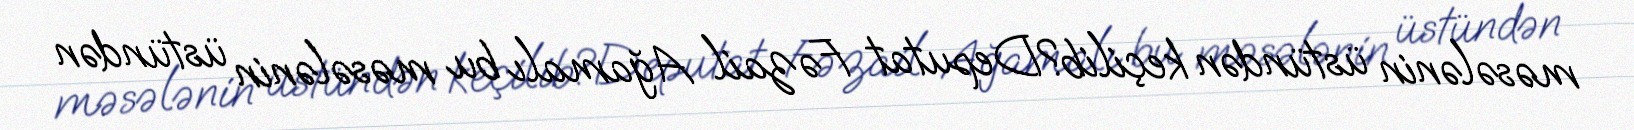
məsələnin üstündən keçilib?Deputat Fəzail Ağamalı bu məsələnin üstündən